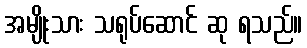
အမျိုးသား သရုပ်ဆောင် ဆု ရသည်။